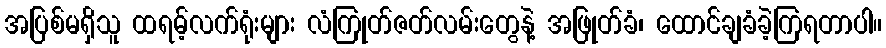
အပြစ်မရှိသူ ထရမ့်လက်ရုံးများ လံကြုတ်ဇတ်လမ်းတွေနဲ့ အဖြုတ်ခံ၊ ထောင်ချခံခဲ့ကြရတာပါ။